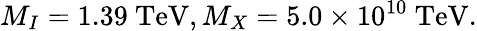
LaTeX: M_{I}=1.39~\mathrm{TeV},M_{X}=5.0\times 10^{10}~\mathrm{TeV}.